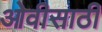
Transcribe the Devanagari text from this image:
ओवीसाठी